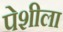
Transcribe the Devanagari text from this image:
पेशीला